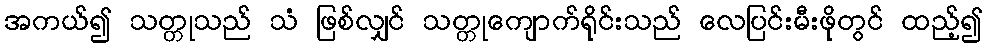
အကယ်၍ သတ္တုသည် သံ ဖြစ်လျှင် သတ္တုကျောက်ရိုင်းသည် လေပြင်းမီးဖိုတွင် ထည့်၍